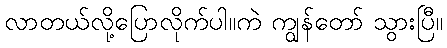
လာတယ်လို့ပြောလိုက်ပါ။ကဲ ကျွန်တော် သွားပြီ။